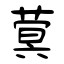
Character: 蓂